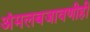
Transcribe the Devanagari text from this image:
अंमलबजावणीही